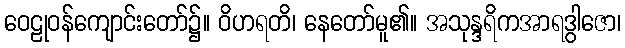
ဝေဠုဝန်ကျောင်းတော်၌။ ဝိဟရတိ၊ နေတော်မူ၏။ အသုန္ဒရိကအာရဒွါဇော၊